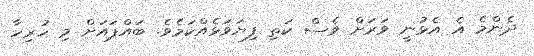
ދެންމެ އެ އެޅުނީ ވަރަށް ވެސް ކަތި ފިޔަވަޅެއްކަމެވެ. ބައްޕައަށް މި ހުރިހާ